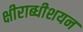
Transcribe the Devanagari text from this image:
क्षीराब्धीशयन